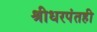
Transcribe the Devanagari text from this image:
श्रीधरपंतही